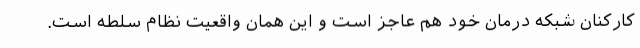
کارکنان شبکه درمان خود هم عاجز است و این همان واقعیت نظام سلطه است.